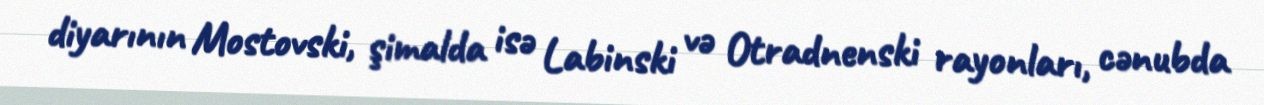
diyarının Mostovski, şimalda isə Labinski və Otradnenski rayonları, cənubda